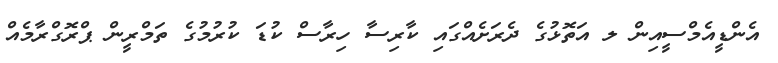
އެންޑީއެމްސީއިން ލ އަތޮޅުގެ ދެރަށެއްގައި ކާރިސާ ހިރާސް ކުޑަ ކުރުމުގެ ތަމްރީން ޕްރޮގްރާމެއް